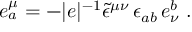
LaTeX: e _ { a } ^ { \mu } = - | e | ^ { - 1 } \tilde { \epsilon } ^ { \mu \nu } \, \epsilon _ { a b } \, e _ { \nu } ^ { b } \; .